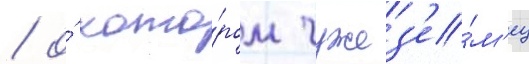
/ о́ кото́ром чужез'е́м'ец